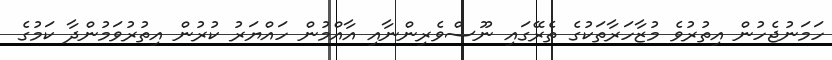
ހަމަނުޖެހުން އިތުރުވެ މުޒާހަރާތަކުގެ ތެރޭގައި ނޫސްވެރިންނާއި އާއްމުން ހައްޔަރު ކުރުން އިތުރުވަމުންދާ ކަމުގެ